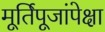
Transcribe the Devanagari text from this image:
मूर्तिपूजांपेक्षा